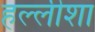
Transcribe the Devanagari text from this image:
हल्लीशा